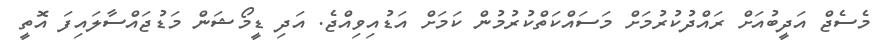
މެސެޖް އަދީބުއަށް ރައްދުކުރުމަށް މަސައްކަތްކުރުމުން ކަމަށް އަޑުއިވިއްޖެ. އަދި ޑީމޯޝަން މަޑުޖައްސާލައިފަ އޮތީ